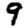
Digit: 9